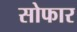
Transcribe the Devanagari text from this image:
सोफार